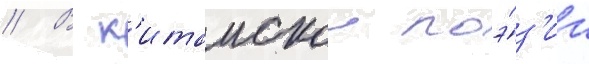
// В к'итаискои поэ́з'ии